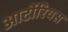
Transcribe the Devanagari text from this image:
आर्टोरियस